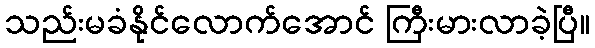
သည်းမခံနိုင်လောက်အောင် ကြီးမားလာခဲ့ပြီ။